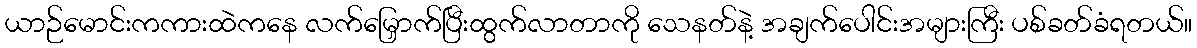
ယာဉ်မောင်းကကားထဲကနေ လက်မြှောက်ပြီးထွက်လာတာကို သေနတ်နဲ့ အချက်ပေါင်းအများကြီး ပစ်ခတ်ခံရတယ်။